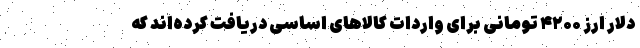
دلار ارز ۴۲۰۰ تومانی برای واردات کالاهای اساسی دریافت کرده‌اند که